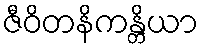
ဇီဝိတနိကန္တိယာ